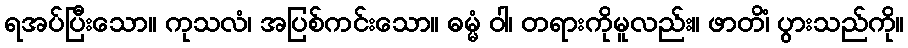
ရအပ်ပြီးသော။ ကုသလံ၊ အပြစ်ကင်းသော။ ဓမ္မံ ဝါ၊ တရားကိုမူလည်း။ ဖာတိံ၊ ပွားသည်ကို။